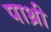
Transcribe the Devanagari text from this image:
पाथ्री